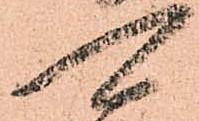
可